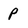
Character: P